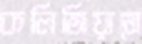
কলিজিয়ামে